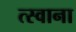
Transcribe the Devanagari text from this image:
त्स्वाना